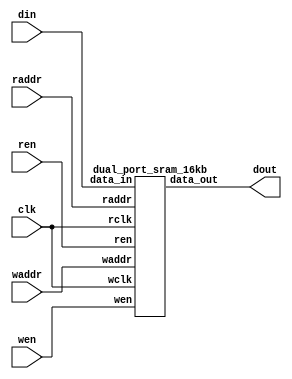
//-----------------------------------------------------
// Design Name : dual_port_ram_16k
// Function    : Dual port RAM 2048x8bit
// Coder       : Xifan Tang
//-----------------------------------------------------

module dual_port_ram_16k (
  input clk,
  input wen,
  input ren,
  input [10:0] waddr,
  input [10:0] raddr,
  input [7:0] din,
  output [7:0] dout
);

    dual_port_sram_16kb memory_0 (
      .wclk    (clk),
      .wen    (wen),
      .waddr    (waddr),
      .data_in  (din),
      .rclk    (clk),
      .ren    (ren),
      .raddr    (raddr),
      .data_out    (dout) );

endmodule

module dual_port_sram_16kb (
  input wclk,
  input wen,
  input [10:0] waddr,
  input [7:0] data_in,
  input rclk,
  input ren,
  input [10:0] raddr,
  output [7:0] data_out
);

  reg [7:0] ram[2047:0];
  reg [7:0] internal;

  assign data_out = internal;

  always @(posedge wclk) begin
    if(wen) begin
      ram[waddr] <= data_in;
    end
  end

  always @(posedge rclk) begin
    if(ren) begin
      internal <= ram[raddr];
    end
  end

endmodule